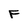
Character: F